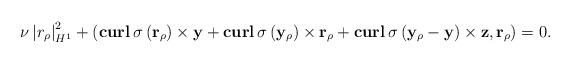
LaTeX: \begin{align*}\nu \left|r_\rho\right|_{H^1}^2+\left(\mathbf{curl}\,\sigma\left(\mathbf r_\rho\right)\times \mathbf y+ \mathbf{curl}\,\sigma\left(\mathbf y_\rho\right)\times \mathbf r_\rho+\mathbf{curl}\,\sigma\left(\mathbf y_\rho-\mathbf y\right)\times \mathbf z,\mathbf r_\rho\right)=0.\end{align*}